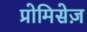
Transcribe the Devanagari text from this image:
प्रोमिसेज़